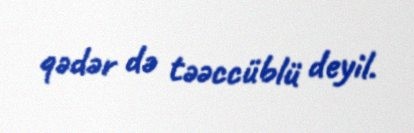
qədər də təəccüblü deyil.